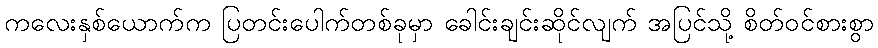
ကလေးနှစ်ယောက်က ပြတင်းပေါက်တစ်ခုမှာ ခေါင်းချင်းဆိုင်လျက် အပြင်သို့ စိတ်ဝင်စားစွာ